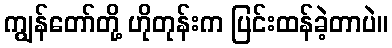
ကျွန်တော်တို့ ဟိုတုန်းက ပြင်းထန်ခဲ့တာပဲ။